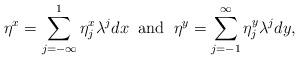
LaTeX: \begin{align*}\eta^x = \sum_{j = - \infty}^{1} \eta^x_{j} \lambda^{j} dx \;\;\mbox{and}\;\;\eta^y = \sum_{j = - 1}^{\infty} \eta^y_{ j} \lambda^{j} dy, \end{align*}